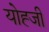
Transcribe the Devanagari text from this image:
योह्जी